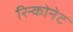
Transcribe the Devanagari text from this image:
रिन्कोनेट